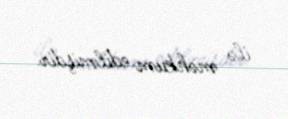
ilə məhkum edilmişdir.